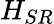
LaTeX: H_{SR}